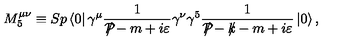
M _ { 5 } ^ { \mu \nu } \equiv S p \left\langle 0 \right| \gamma ^ { \mu } \frac { 1 } { { \cal P } \! \! \! \! / - m + i \varepsilon } \gamma ^ { \nu } \gamma ^ { 5 } \frac { 1 } { { \cal P } \! \! \! \! / - k \! \! \! / - m + i \varepsilon } \left| 0 \right\rangle ,